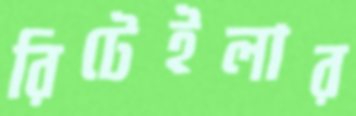
রিটেইলার